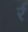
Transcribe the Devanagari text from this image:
र्र